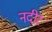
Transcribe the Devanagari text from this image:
नदीर